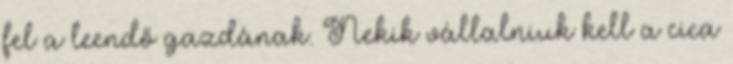
fel a leendő gazdának. Nekik vállalniuk kell a cica